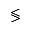
\lessgtr